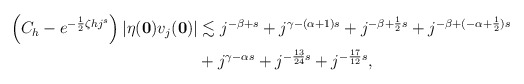
\begin{align*} \begin{aligned} \left(C_h-e^{-\frac{1}{2}\zeta hj^s}\right)\vert \eta(\mathbf 0)v_j(\mathbf 0)\vert&\lesssim j^{-\beta+s}+j^{\gamma-(\alpha+1)s}+j^{-\beta+\frac{1}{2}s}+j^{-\beta+(-\alpha +\frac{1}{2})s}\\ &+j^{\gamma-\alpha s}+j^{-\frac{13}{24}s}+j^{-\frac{17}{12}s}, \end{aligned} \end{align*}